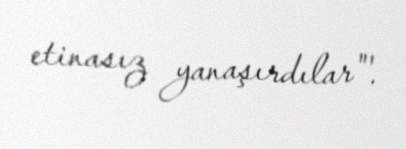
etinasız yanaşırdılar"'.